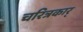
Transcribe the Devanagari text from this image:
चरित्रकार्